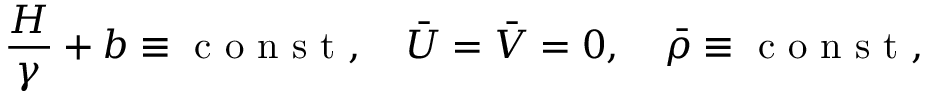
\frac { H } { \gamma } + b \equiv \textrm { c o n s t } , \quad \bar { U } = \bar { V } = 0 , \quad \bar { \rho } \equiv \textrm { c o n s t } ,